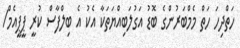
ހަތްދިހަ ހަތް މެމްބަރުންގެ ބޮޑު އަގުލަބިއްޔަތަކާ އެކު އެ ބިލްފާސް ކުރީ ޕީޕީއެމް/